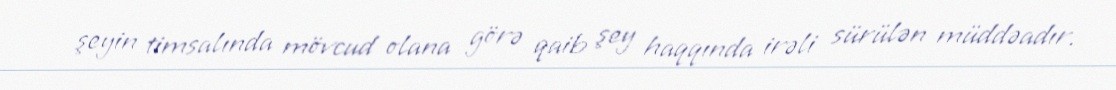
şeyin timsalında mövcud olana görə qaib şey haqqında irəli sürülən müddəadır.